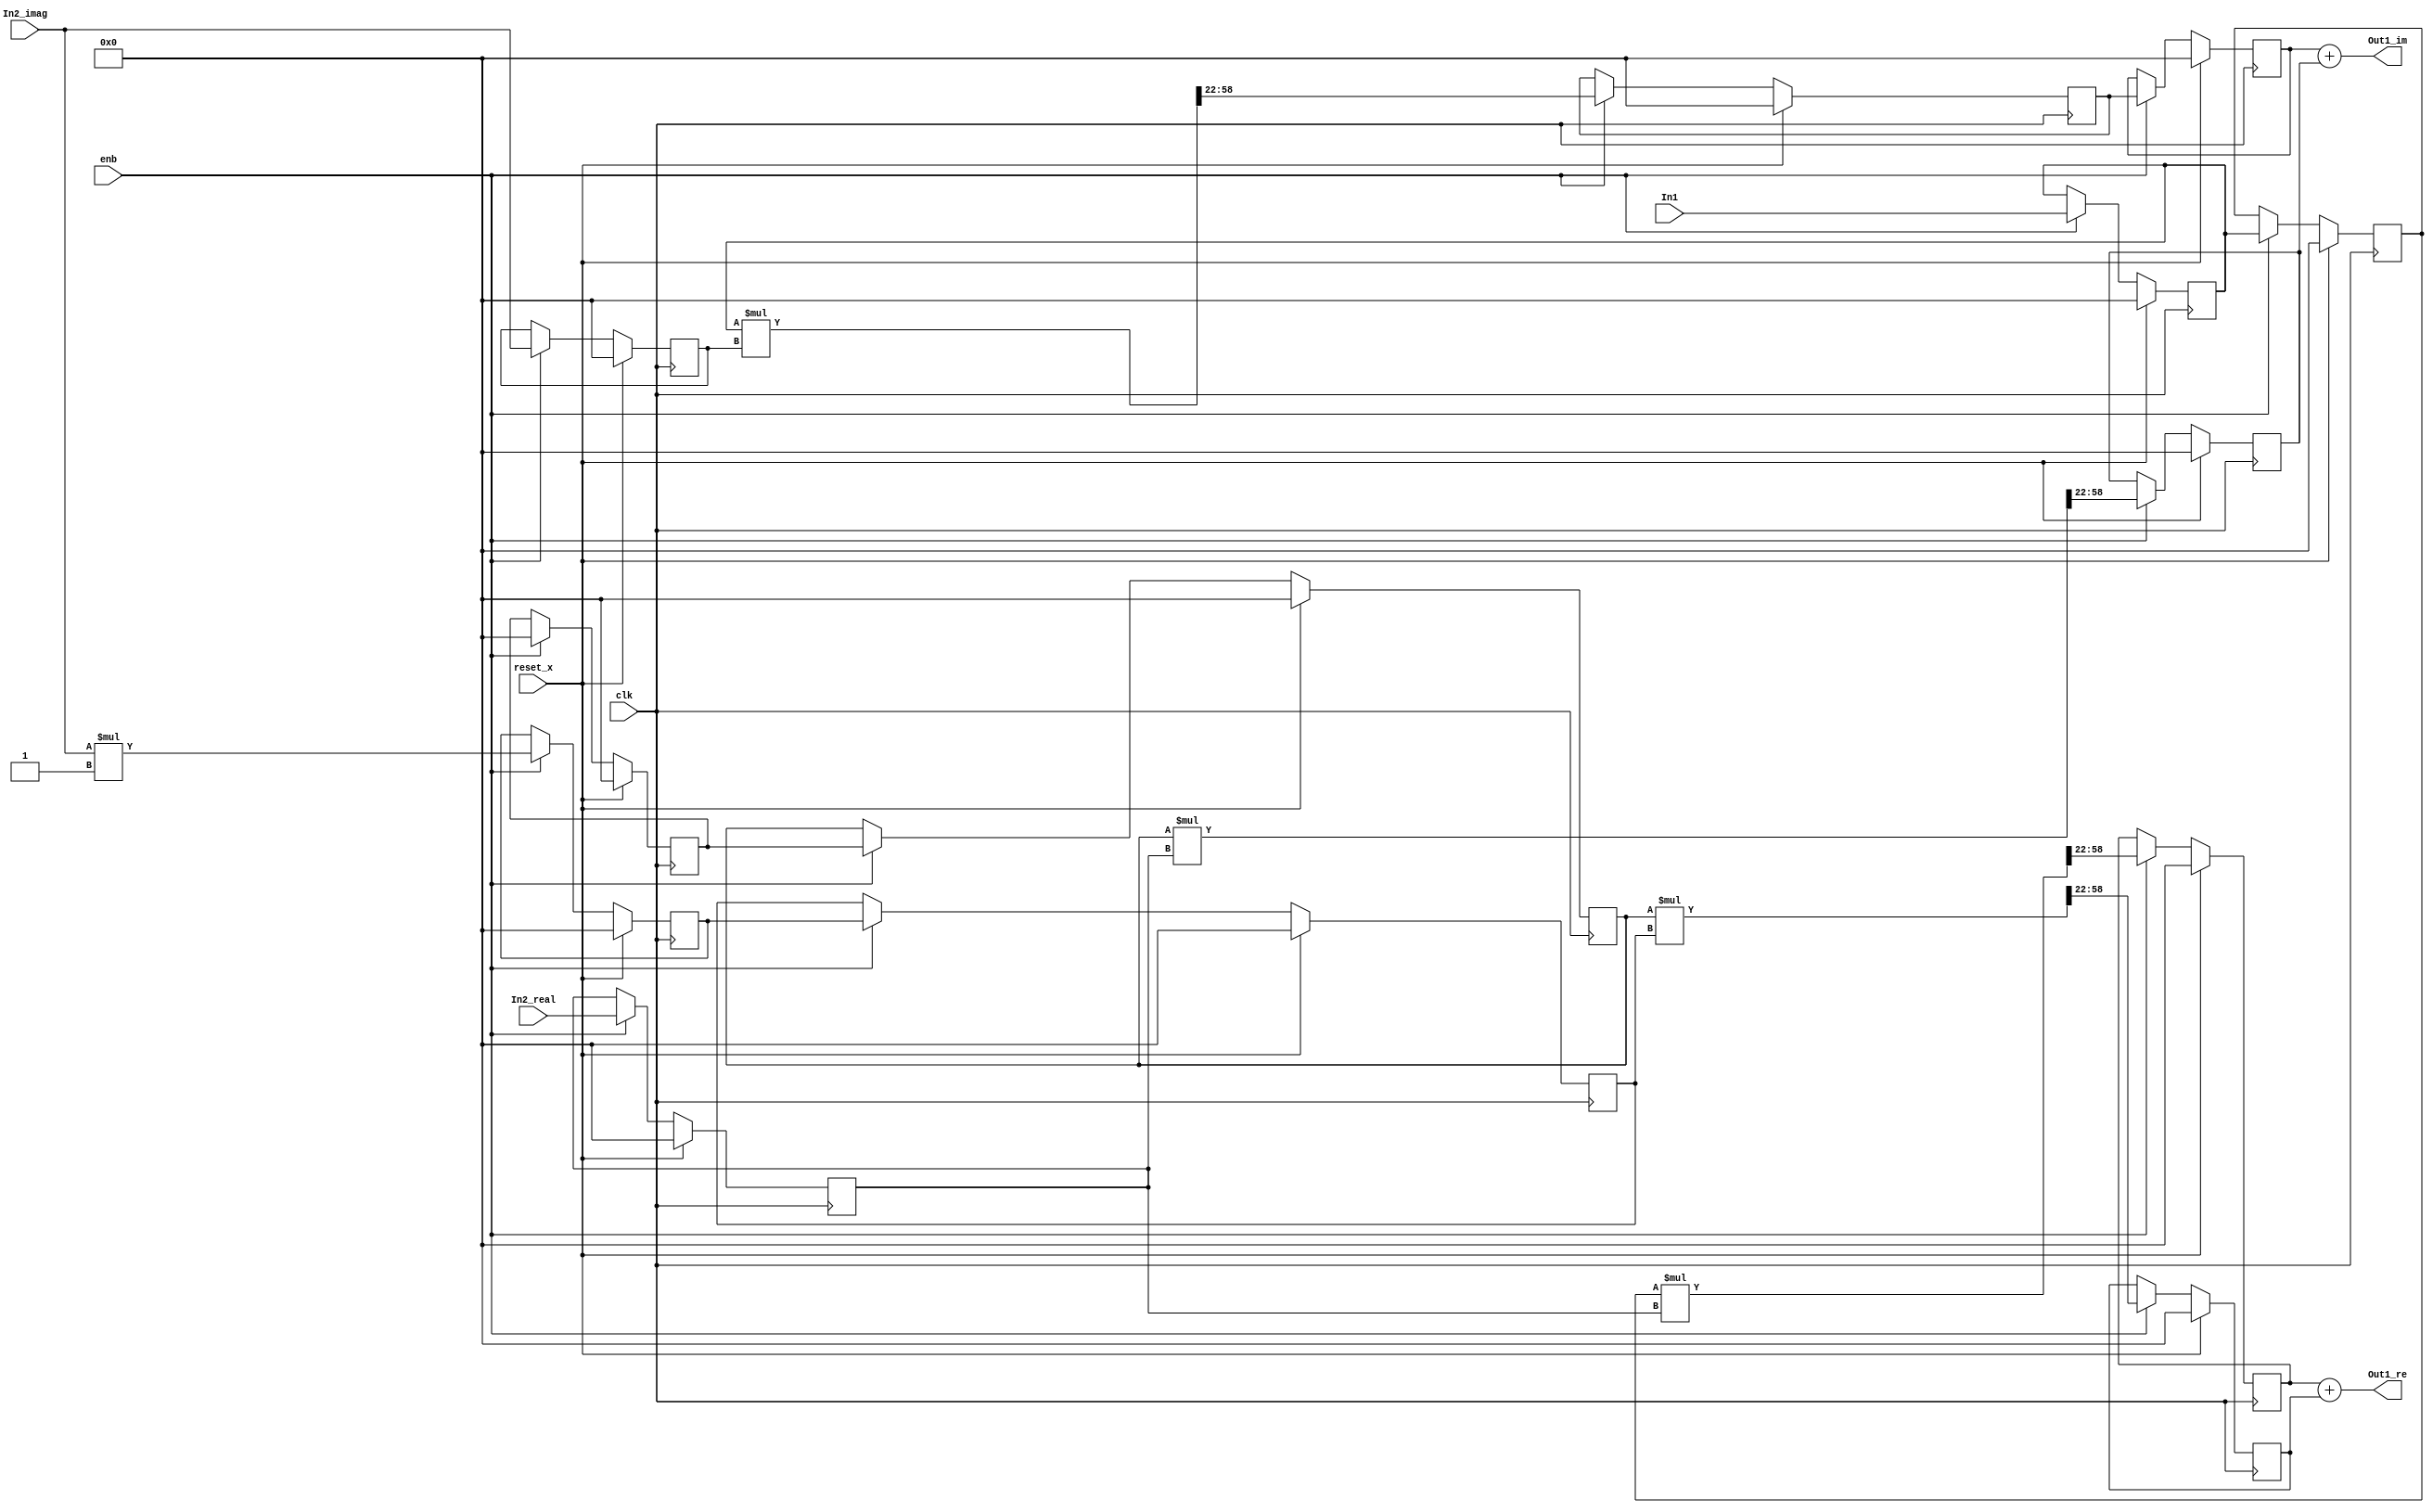
// -------------------------------------------------------------
// 
// 
// Generated by MATLAB 9.8 and HDL Coder 3.16
// 
// -------------------------------------------------------------


// -------------------------------------------------------------
// 
// Module: Complex_multiplication2
// Source Path: newhope_cambios/FDHT/DFT/DFT10 - block/DFT5-row 1/DFT5-2/Complex-multiplication2
// Hierarchy Level: 5
// 
// -------------------------------------------------------------

`timescale 1 ns / 1 ns

module Complex_multiplication2
          (clk,
           reset_x,
           enb,
           In1,
           In2_real,
           In2_imag,
           Out1_re,
           Out1_im);


  input   clk;
  input   reset_x;
  input   enb;
  input   signed [36:0] In1;  // sfix37_En22
  input   signed [36:0] In2_real;  // sfix37_En22
  input   signed [36:0] In2_imag;  // sfix37_En22
  output  signed [36:0] Out1_re;  // sfix37_En22
  output  signed [36:0] Out1_im;  // sfix37_En22


  wire signed [36:0] Complex_to_Real_Imag1_out1;  // sfix37_En22
  wire signed [36:0] Complex_to_Real_Imag1_out2;  // sfix37_En22
  reg signed [36:0] Complex_to_Real_Imag1_out1_1;  // sfix37_En22
  reg signed [36:0] Complex_to_Real_Imag1_out1_2;  // sfix37_En22
  reg signed [36:0] In2_real_1;  // sfix37_En22
  wire signed [73:0] Product_mul_temp;  // sfix74_En44
  wire signed [36:0] Product_out1;  // sfix37_En22
  reg signed [36:0] Product_out1_1;  // sfix37_En22
  reg signed [36:0] reduced_reg [0:1];  // sfix37 [2]
  wire signed [36:0] reduced_reg_next [0:1];  // sfix37_En22 [2]
  wire signed [36:0] Complex_to_Real_Imag1_out2_1;  // sfix37_En22
  wire signed [1:0] Constant_out1;  // sfix2
  wire signed [38:0] Product4_mul_temp;  // sfix39_En22
  wire signed [36:0] Product4_out1;  // sfix37_En22
  reg signed [36:0] HwModeRegister3_reg [0:1];  // sfix37 [2]
  wire signed [36:0] HwModeRegister3_reg_next [0:1];  // sfix37_En22 [2]
  wire signed [36:0] Product4_out1_1;  // sfix37_En22
  wire signed [73:0] Product1_mul_temp;  // sfix74_En44
  wire signed [36:0] Product1_out1;  // sfix37_En22
  reg signed [36:0] Product1_out1_1;  // sfix37_En22
  wire signed [36:0] Sum_out1;  // sfix37_En22
  reg signed [36:0] In2_imag_1;  // sfix37_En22
  wire signed [73:0] Product2_mul_temp;  // sfix74_En44
  wire signed [36:0] Product2_out1;  // sfix37_En22
  reg signed [36:0] delayMatch3_reg [0:1];  // sfix37 [2]
  wire signed [36:0] delayMatch3_reg_next [0:1];  // sfix37_En22 [2]
  wire signed [36:0] Product2_out1_1;  // sfix37_En22
  wire signed [73:0] Product3_mul_temp;  // sfix74_En44
  wire signed [36:0] Product3_out1;  // sfix37_En22
  reg signed [36:0] Product3_out1_1;  // sfix37_En22
  wire signed [36:0] Sum1_out1;  // sfix37_En22


  assign Complex_to_Real_Imag1_out1 = In1;
  assign Complex_to_Real_Imag1_out2 = 37'sh0000000000;



  always @(posedge clk)
    begin : reduced_process
      if (reset_x == 1'b1) begin
        Complex_to_Real_Imag1_out1_1 <= 37'sh0000000000;
      end
      else begin
        if (enb) begin
          Complex_to_Real_Imag1_out1_1 <= Complex_to_Real_Imag1_out1;
        end
      end
    end



  always @(posedge clk)
    begin : reduced_1_process
      if (reset_x == 1'b1) begin
        Complex_to_Real_Imag1_out1_2 <= 37'sh0000000000;
      end
      else begin
        if (enb) begin
          Complex_to_Real_Imag1_out1_2 <= Complex_to_Real_Imag1_out1_1;
        end
      end
    end



  always @(posedge clk)
    begin : reduced_2_process
      if (reset_x == 1'b1) begin
        In2_real_1 <= 37'sh0000000000;
      end
      else begin
        if (enb) begin
          In2_real_1 <= In2_real;
        end
      end
    end



  assign Product_mul_temp = Complex_to_Real_Imag1_out1_2 * In2_real_1;
  assign Product_out1 = Product_mul_temp[58:22];



  always @(posedge clk)
    begin : PipelineRegister_process
      if (reset_x == 1'b1) begin
        Product_out1_1 <= 37'sh0000000000;
      end
      else begin
        if (enb) begin
          Product_out1_1 <= Product_out1;
        end
      end
    end



  always @(posedge clk)
    begin : reduced_3_process
      if (reset_x == 1'b1) begin
        reduced_reg[0] <= 37'sh0000000000;
        reduced_reg[1] <= 37'sh0000000000;
      end
      else begin
        if (enb) begin
          reduced_reg[0] <= reduced_reg_next[0];
          reduced_reg[1] <= reduced_reg_next[1];
        end
      end
    end

  assign Complex_to_Real_Imag1_out2_1 = reduced_reg[1];
  assign reduced_reg_next[0] = Complex_to_Real_Imag1_out2;
  assign reduced_reg_next[1] = reduced_reg[0];



  assign Constant_out1 = 2'sb11;



  assign Product4_mul_temp = In2_imag * Constant_out1;
  assign Product4_out1 = Product4_mul_temp[36:0];



  always @(posedge clk)
    begin : HwModeRegister3_process
      if (reset_x == 1'b1) begin
        HwModeRegister3_reg[0] <= 37'sh0000000000;
        HwModeRegister3_reg[1] <= 37'sh0000000000;
      end
      else begin
        if (enb) begin
          HwModeRegister3_reg[0] <= HwModeRegister3_reg_next[0];
          HwModeRegister3_reg[1] <= HwModeRegister3_reg_next[1];
        end
      end
    end

  assign Product4_out1_1 = HwModeRegister3_reg[1];
  assign HwModeRegister3_reg_next[0] = Product4_out1;
  assign HwModeRegister3_reg_next[1] = HwModeRegister3_reg[0];



  assign Product1_mul_temp = Complex_to_Real_Imag1_out2_1 * Product4_out1_1;
  assign Product1_out1 = Product1_mul_temp[58:22];



  always @(posedge clk)
    begin : PipelineRegister1_process
      if (reset_x == 1'b1) begin
        Product1_out1_1 <= 37'sh0000000000;
      end
      else begin
        if (enb) begin
          Product1_out1_1 <= Product1_out1;
        end
      end
    end



  assign Sum_out1 = Product_out1_1 + Product1_out1_1;



  assign Out1_re = Sum_out1;

  always @(posedge clk)
    begin : HwModeRegister5_process
      if (reset_x == 1'b1) begin
        In2_imag_1 <= 37'sh0000000000;
      end
      else begin
        if (enb) begin
          In2_imag_1 <= In2_imag;
        end
      end
    end



  assign Product2_mul_temp = Complex_to_Real_Imag1_out1_1 * In2_imag_1;
  assign Product2_out1 = Product2_mul_temp[58:22];



  always @(posedge clk)
    begin : delayMatch3_process
      if (reset_x == 1'b1) begin
        delayMatch3_reg[0] <= 37'sh0000000000;
        delayMatch3_reg[1] <= 37'sh0000000000;
      end
      else begin
        if (enb) begin
          delayMatch3_reg[0] <= delayMatch3_reg_next[0];
          delayMatch3_reg[1] <= delayMatch3_reg_next[1];
        end
      end
    end

  assign Product2_out1_1 = delayMatch3_reg[1];
  assign delayMatch3_reg_next[0] = Product2_out1;
  assign delayMatch3_reg_next[1] = delayMatch3_reg[0];



  assign Product3_mul_temp = Complex_to_Real_Imag1_out2_1 * In2_real_1;
  assign Product3_out1 = Product3_mul_temp[58:22];



  always @(posedge clk)
    begin : PipelineRegister3_process
      if (reset_x == 1'b1) begin
        Product3_out1_1 <= 37'sh0000000000;
      end
      else begin
        if (enb) begin
          Product3_out1_1 <= Product3_out1;
        end
      end
    end



  assign Sum1_out1 = Product2_out1_1 + Product3_out1_1;



  assign Out1_im = Sum1_out1;

endmodule  // Complex_multiplication2